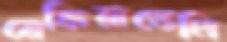
মেকিয়াভেলি